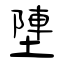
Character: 塦